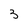
Character: 3